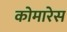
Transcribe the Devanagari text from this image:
कोमारेस